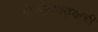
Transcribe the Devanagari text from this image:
वीजपुरवठ्याची